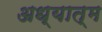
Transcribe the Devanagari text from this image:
अध्यात्‍म